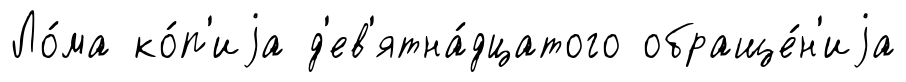
Ло́ма ко́п'иjа д'ев'ятна́дцатого обраще́н'иjа